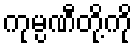
ကုမ္ပဏီတို့ကို